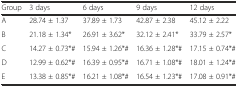
<table><thead><tr><td><b>Group</b></td><td><b>3 days</b></td><td><b>6 days</b></td><td><b>9 days</b></td><td><b>12 days</b></td></tr></thead><tbody><tr><td>A</td><td>28.74 ± 1.37</td><td>37.89 ± 1.73</td><td>42.87 ± 2.38</td><td>45.12 ± 2.22</td></tr><tr><td>B</td><td>21.18 ± 1.34*</td><td>26.91 ± 3.62*</td><td>32.12 ± 2.41*</td><td>33.79 ± 2.57*</td></tr><tr><td>C</td><td>14.27 ± 0.73*#</td><td>15.94 ± 1.26*#</td><td>16.36 ± 1.28*#</td><td>17.15 ± 0.74*#</td></tr><tr><td>D</td><td>12.99 ± 0.62*#</td><td>16.39 ± 0.95*#</td><td>16.71 ± 1.08*#</td><td>18.01 ± 1.24*#</td></tr><tr><td>E</td><td>13.38 ± 0.85*#</td><td>16.21 ± 1.08*#</td><td>16.54 ± 1.23*#</td><td>17.08 ± 0.91*#</td></tr></tbody></table>